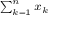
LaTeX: \scriptstyle \sum _ { k = 1 } ^ { n } x _ { k }